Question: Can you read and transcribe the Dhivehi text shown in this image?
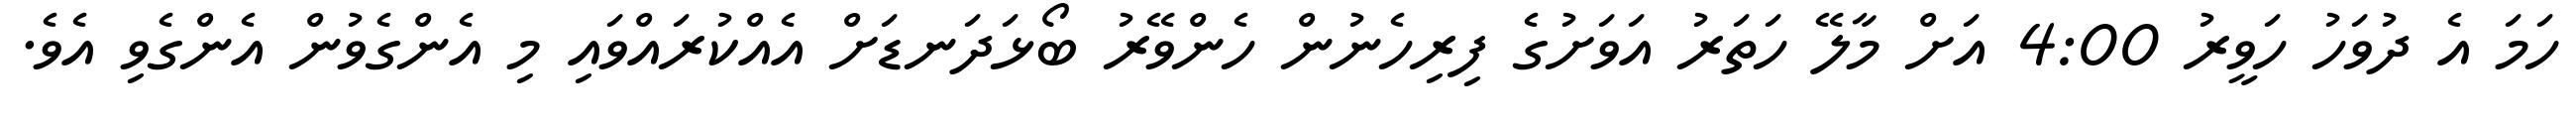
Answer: ހަމަ އެ ދުވަހު ހަވީރު 4:00 އަށް މާލޭ ހަތަރު އަވަށުގެ ފިރިހެނުން ހެންވޭރު ބޯޅަދަނޑަށް އެއްކުރައްވައި މި އެންގެވުން އެންގެވި އެވެ.